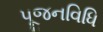
પૂજનવિધિ